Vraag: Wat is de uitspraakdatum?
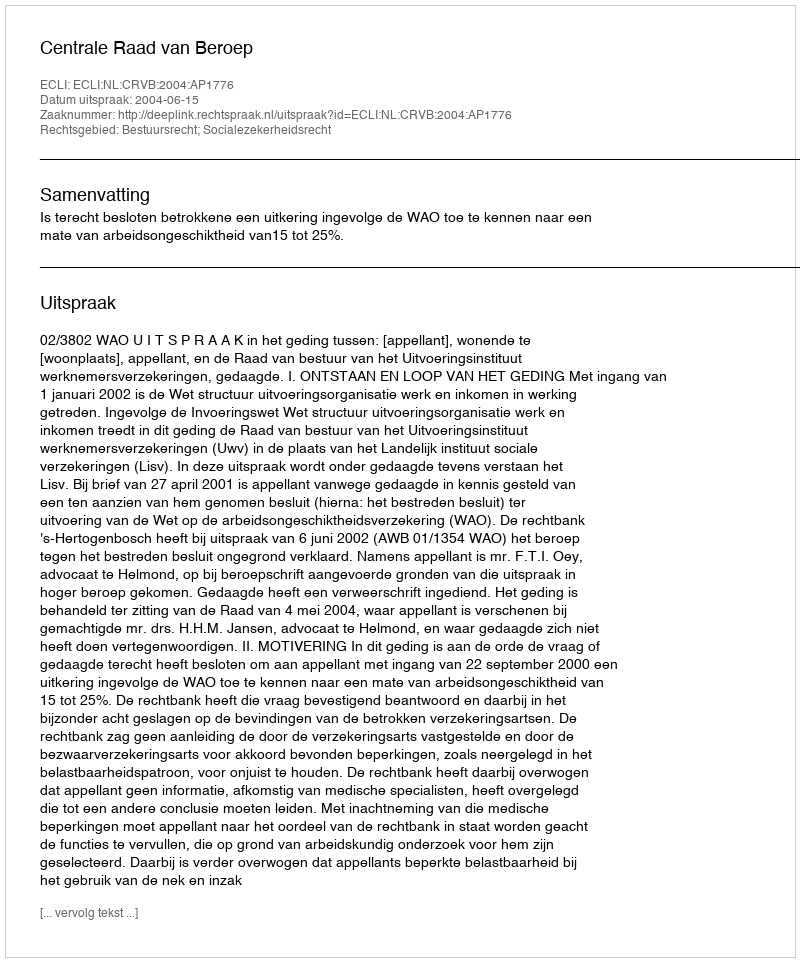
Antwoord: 2004-06-15